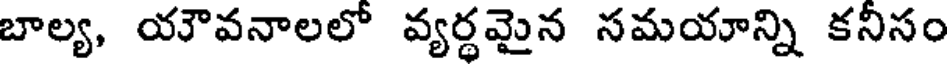
బాల్య, యౌవనాలలో వ్యర్థమైన సమయాన్ని కనీసం